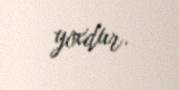
yoxdur.